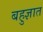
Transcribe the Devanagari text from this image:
बहुज्ञात